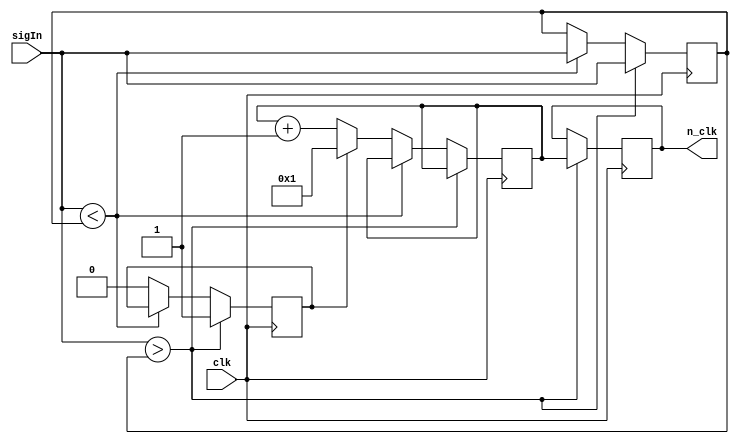
module counter(clk,sigIn,n_clk);
/***
Single-period counter - counts number of clock cycles between signal edges.

Ted Golfinopoulos, 19 Sep 2012
***/

parameter N_CLK_SIZE=8;

input clk, sigIn;
output [N_CLK_SIZE-1:0] n_clk;

reg [N_CLK_SIZE-1:0] n_clk_reg, n_clk_reg_last;
reg clkResetFlag;
reg sigLast;

initial begin
	#0
	sigLast=1'b0;
	n_clk_reg=1'b0;
	n_clk_reg_last=1'b0;
	clkResetFlag=1'b1;
end

always @(posedge clk) begin
	if( sigIn>sigLast ) begin //Rising edge
		//Update n_clk_output
		n_clk_reg_last=n_clk_reg;
		//Reset n_clk counter on next clock edge.
		clkResetFlag=1'b1;
		sigLast=sigIn;
	end else if(sigIn<sigLast) begin //Falling edge
		//Update signal register - get ready for next rising edge.
		sigLast=sigIn;
	end else if(clkResetFlag) begin
		n_clk_reg=1'b1; //Start counting at 1, since it's already been 1 clock cycle since the last rising edge.
		clkResetFlag=1'b0; //Turn off reset flag.
	end else begin
		n_clk_reg=n_clk_reg+1'b1; //Increment counter.
	end
end

assign n_clk=n_clk_reg_last; //Assign period to registered n_clk value.

endmodule